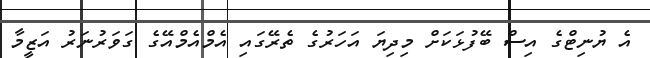
އެ ޔުނިޓްގެ އިސް ބޭފުޅަކަށް މިދިޔަ އަހަރުގެ ތެރޭގައި އެމްއެމްއޭގެ ގަވަރުނަރު އަޒީމާ